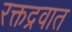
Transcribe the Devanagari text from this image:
रक्तद्रवात